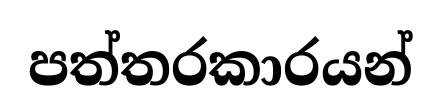
පත්තරකාරයන්